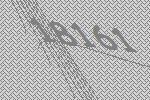
18161